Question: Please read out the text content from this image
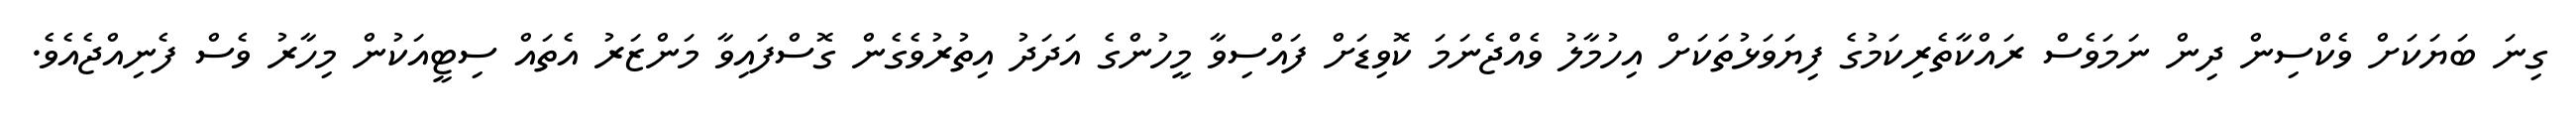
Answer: ގިނަ ބަޔަކަށް ވެކްސިން ދިން ނަމަވެސް ރައްކާތެރިކަމުގެ ފިޔަވަޅުތަކަށް އިހުމާލު ވެއްޖެނަމަ ކޮވިޑަށް ފައްސިވާ މީހުންގެ އަދަދު އިތުރުވެގެން ގޮސްފައިވާ މަންޒަރު އެތައް ސިޓީއަކުން މިހާރު ވެސް ފެނިއްޖެއެވެ.